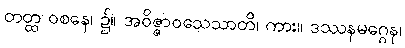
တတ္ထ ဝစနေ၊ ၌။ အဝိဇ္ဇာဝသေသာတိ၊ ကား။ ဒဿနမဂ္ဂေန၊